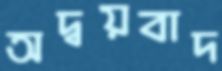
অদ্বয়বাদ